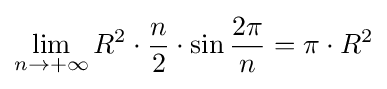
\lim _{n\to +\infty }R^{2}\cdot {\frac {n}{2}}\cdot \sin {\frac {2\pi }{n}}=\pi \cdot R^{2}